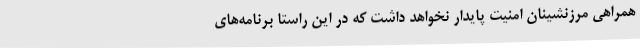
همراهی مرزنشینان امنیت پایدار نخواهد داشت که در این راستا برنامه‌های